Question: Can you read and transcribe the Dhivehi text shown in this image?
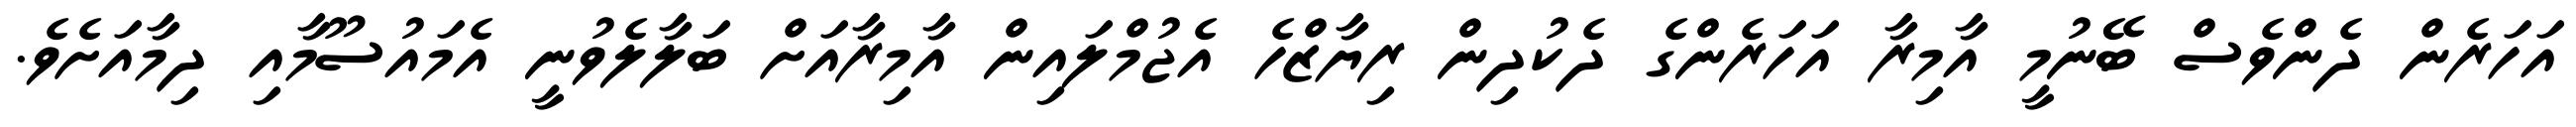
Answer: އަހަރެން ދެންވެސް ބޭނުމީ އާމިރާ އަހަރެންގެ ދެކުދިން ރިޔާޒްހެ އެޖުމްލައިން އާމިރާއަށް ބަލާލެވުނީ އެމައުސޫމާއި ދިމާއަށެވެ.